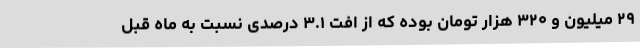
۲۹ میلیون و ۳۲۰ هزار تومان بوده که از افت ۳.۱ درصدی نسبت به ماه قبل